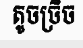
តូចច្រិច